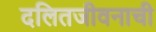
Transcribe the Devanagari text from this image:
दलितजीवनाची